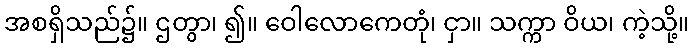
အစရှိသည်၌။ ဌတွာ၊ ၍။ ဝေါလောကေတုံ၊ ငှာ။ သက္ကာ ဝိယ၊ ကဲ့သို့။